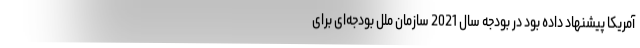
آمریکا پیشنهاد داده بود در بودجه سال 2021 سازمان ملل بودجه‌ای برای